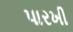
પારખી